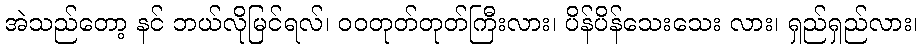
အဲသည်တော့ နင် ဘယ်လိုမြင်ရလ်၊ ဝဝတုတ်တုတ်ကြီးလား၊ ပိန်ပိန်သေးသေး လား၊ ရှည်ရှည်လား၊